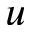
u